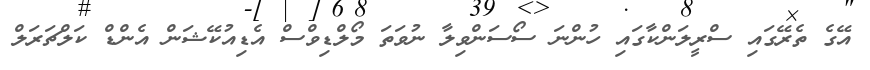
އޭގެ ތެރޭގައި ސްރީލަންކާގައި ހުންނަ ސޯސަންވިލާ ނުވަތަ މޯލްޑިވްސް އެޑިއުކޭޝަން އެންޑް ކަލްޗަރަލް